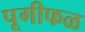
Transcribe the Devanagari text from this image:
पूगीफळ